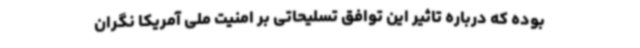
بوده که درباره تاثیر این توافق تسلیحاتی بر امنیت ملی آمریکا نگران